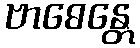
ဗာဓေန္တေ